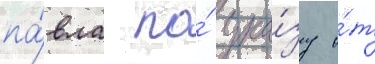
па́вла по́ ука́зу о́т